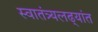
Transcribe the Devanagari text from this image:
स्वातंत्र्यलढ्यांत